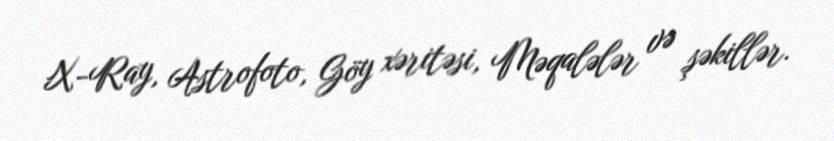
X-Ray, Astrofoto, Göy xəritəsi, Məqalələr və şəkillər.